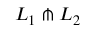
L _ { 1 } \pitchfork L _ { 2 }